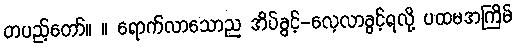
တပည့်တော်။ ။ ရောက်လာသောည အိပ်ခွင့်-လေ့လာခွင့်ရလို့ ပထမအကြိမ်